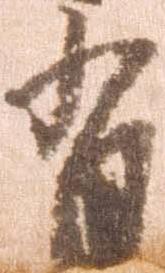
有